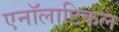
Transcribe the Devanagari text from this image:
एनॉलाटिकल